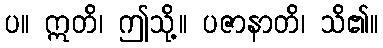
ပ။ ဣတိ၊ ဤသို့။ ပဇာနာတိ၊ သိ၏။